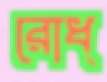
রোধ্‌